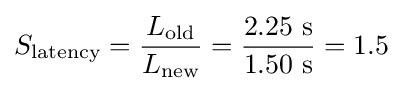
S_{\text{latency}}={\frac {L_{\text{old}}}{L_{\text{new}}}}={\frac {2.25~\mathrm {s} }{1.50~\mathrm {s} }}=1.5